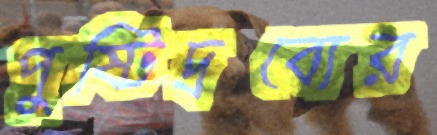
পুষ্টিদ্রব্যের